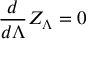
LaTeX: { \frac { d } { d \Lambda } } Z _ { \Lambda } = 0